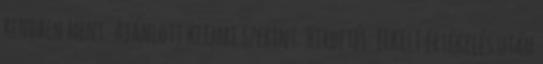
rendben ment. Ajánlott klembi szerint: Hirdetés: ELKELT értékelés után